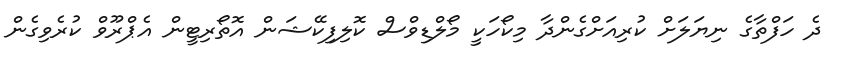
ދެ ހަފްތާގެ ނިޔަލަށް ކުރިއަށްގެންދާ މިކޯހަކީ މޯލްޑިވްސް ކޮލިފިކޭޝަން އޮތޯރިޓީން އެޕްރޫވް ކުރެވިގެން